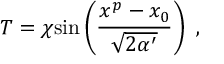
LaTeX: T = \chi \mathrm { s i n } \left( { \frac { x ^ { p } - x _ { 0 } } { \sqrt { 2 \alpha ^ { \prime } } } } \right) \ ,